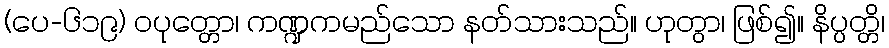
(ပေ-၆၁၉) ဝပုတ္တော၊ ကဏ္ဍကမည်သော နတ်သားသည်။ ဟုတွာ၊ ဖြစ်၍။ နိပ္ပတ္တိ၊